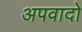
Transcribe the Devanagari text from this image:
अपवादो